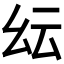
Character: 𢆹